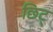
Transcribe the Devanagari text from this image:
छिट्